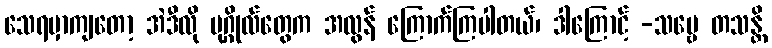
သေရမှာကျတော့ အဲဒီလို ပုဂ္ဂိုလ်တွေက အလွန် ကြောက်ကြပါတယ်၊ ဒါကြောင့် -သဗ္ဗေ တသန္တိ